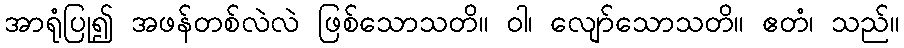
အာရုံပြု၍ အဖန်တစ်လဲလဲ ဖြစ်သောသတိ။ ဝါ၊ လျော်သောသတိ။ ဧတံ၊ သည်။